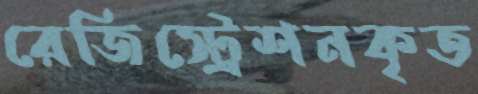
রেজিস্ট্রেশনকৃত